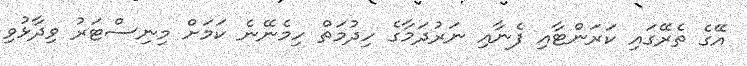
އޭގެ ތެރޭގައި ކަރަންޓާއި ފެނާއި ނަރުދަމާގެ ހިދުމަތް ހިމެނޭނެ ކަމަށް މިނިސްޓަރު ވިދާޅުވި